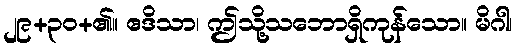
၂၉+၃၀+၏။ ဧဒိသာ၊ ဤသို့သဘောရှိကုန်သော။ မိဂါ၊